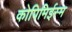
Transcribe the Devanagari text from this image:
कोपिमिईस्म